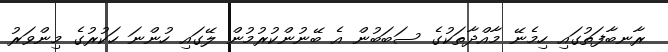
ރާނބާފަތުގައި ހިމެނޭ މާއްދާތަކުގެ ސަބަބުން އެ ބޭނުންކުރުމުން ލޭގައި ހުންނަ ހަކުރުގެ މިންވަރު